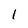
Character: 1